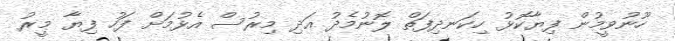
ހޫނުވީމުން ފިޔާކޮޅު ހިކަނދިފަތް ލޮނުމެދު އަދި މިރުސް އެޅުމަށް ފަހު ފިޔާ މީރު